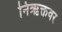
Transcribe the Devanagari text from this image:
निऋक्तवर